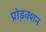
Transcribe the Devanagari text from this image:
प्रो़डक्शन